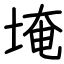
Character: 埯